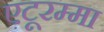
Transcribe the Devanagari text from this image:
एटूरम्मा